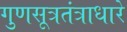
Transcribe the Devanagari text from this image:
गुणसूत्रतंत्राधारे